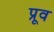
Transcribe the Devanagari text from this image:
प्रूव